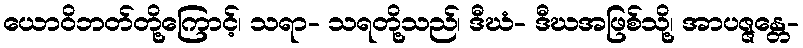
ယောဝိဘတ်တို့ကြောင့်၊ သရာ- သရတို့သည်၊ ဒီဃံ- ဒီဃအဖြစ်သို့၊ အာပဇ္ဇန္တေ-